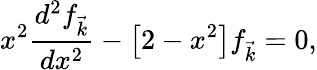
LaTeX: x^{2}\frac{d^{2}f_{\vec{k}}}{dx^{2}}-\left[2-x^{2}\right]f_{\vec{k}}=0,